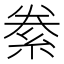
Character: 絭